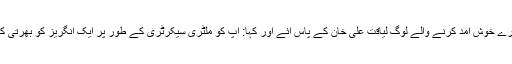
ایک دن سارے خوش آمد کرنے والے لوگ لیاقت علی خان کے پاس آئے اور کہا: آپ کو ملٹری سیکرٹری کے طور پر ایک انگریز کو بھرتی کرنا چاہیے۔